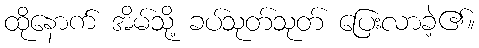
ထိုနောက် အိမ်သို့ ခပ်သုတ်သုတ် ပြေးလာခဲ့၏။